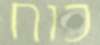
כוח